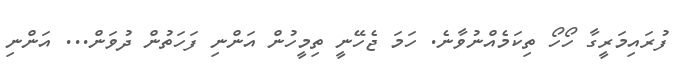
ފުރައިމަރީގާ ހޯހޯ ތިކަމެއްނުވާނެ. ހަމަ ޖެހޭނީ ތިމީހުން އަންނި ފަހަތުން ދުވަން... އަންނި